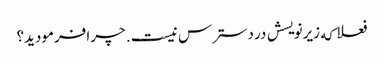
فعلا که زیرنویسش در دسترس نیست. چرا فرمودید؟